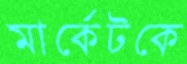
মার্কেটকে